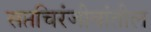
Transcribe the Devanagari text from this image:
सप्तचिरंजीवांतील